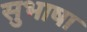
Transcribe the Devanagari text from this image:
सुभाषा